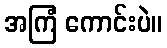
အကြံ ကောင်းပဲ။